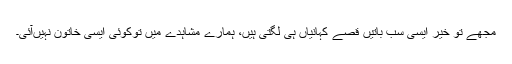
مجھے تو خیر ایسی سب باتیں قصے کہانیاں ہی لگتی ہیں، ہمارے مشاہدے میں توکوئی ایسی خاتون نہیں‌آئی۔